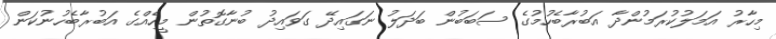
މިހާރު އަމަލުކުރަމުންދާ އަބުރާބެހުމުގެ ސަބަބުން ބަދަލު ނަގައިދޭ ގަވައިދު ބުނާގޮތުން މީހެއްގެ އަބުރާބެހުނުކަން